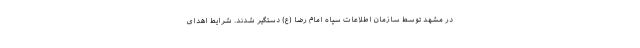
در مشهد توسط سازمان اطلاعات سپاه امام رضا (ع) دستگیر شدند. شرایط اهدای